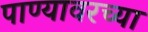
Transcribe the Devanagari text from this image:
पाण्यावरच्या